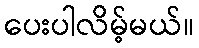
ပေးပါလိမ့်မယ်။